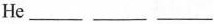
He ___ ___ ___